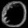
Digit: ၀